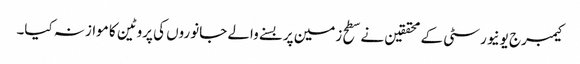
کیمبرج یونیورسٹی کے محققین نے سطح زمین پر بسنے والے جانوروں کی پروٹین کا موازنہ کیا۔